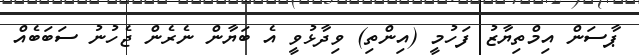
ޕާސަން އިމްތިޔާޒު ފަހުމީ (އިންތި) ވިދާޅުވީ އެ ބަޔާން ނެރެން ޖެހުނު ސަބަބެއް